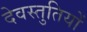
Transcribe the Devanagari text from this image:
देवस्तुतियों